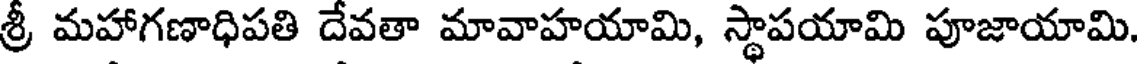
శ్రీ మహాగణాధిపతి దేవతా మావాహయామి, స్థాపయామి పూజాయామి.